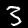
Digit: 3